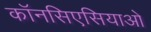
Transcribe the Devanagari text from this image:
कॉनसिएसियाओ